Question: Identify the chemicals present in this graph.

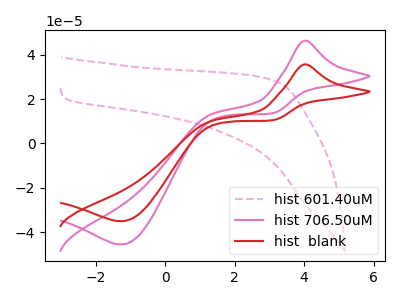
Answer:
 <answer>The pink dashed curve is labeled "hist 601.40uM". The pink curve is labeled "hist 706.50uM". The red curve is labeled "hist  blank".</answer>
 <eval></eval>